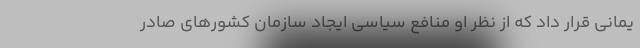
یمانی قرار داد که از نظر او منافع سیاسی ایجاد سازمان کشورهای صادر